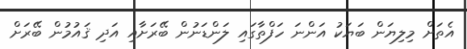
އެތަށް މިލިޔަން ބަޔަކު އަންނަ ހަފްތާގައި ލަންޑަނުން ބޭރަށާއި އަދި ޤައުމުން ބޭރަށް